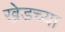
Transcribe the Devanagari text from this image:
खेडच्या